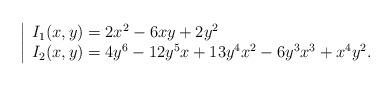
LaTeX: \begin{align*}\left| \begin{array}{l} I_1(x,y)= 2x^2 - 6xy +2y^2\\ I_2(x,y)= 4y^6 - 12 y^5 x + 13 y^4x^2 - 6 y^3x^3 + x^4y^2. \end{array}\right. \end{align*}